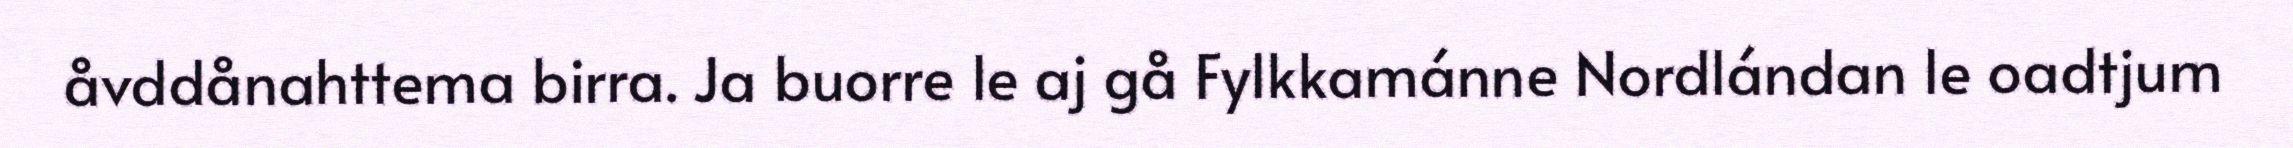
åvddånahttema birra. Ja buorre le aj gå Fylkkamánne Nordlándan le oadtjum